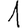
Digit: 1